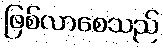
ဖြစ်လာစေသည်